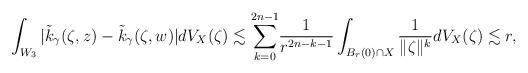
LaTeX: \begin{align*} \int_{W_3} | \tilde{k}_\gamma(\zeta,z) - \tilde{k}_{\gamma}(\zeta,w) | dV_X(\zeta) \lesssim \sum_{k=0}^{2n-1} & \frac{1}{r^{2n-k-1}} \int_{B_r(0) \cap X} \frac{1}{\|\zeta\|^k} dV_X(\zeta) \lesssim r, \end{align*}